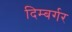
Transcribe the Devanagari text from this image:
दिम्बर्गर